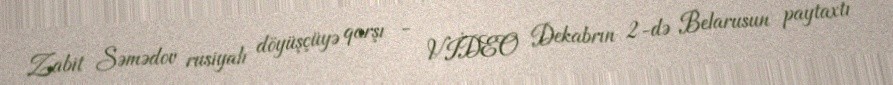
Zabit Səmədov rusiyalı döyüşçüyə qarşı - VİDEO Dekabrın 2-də Belarusun paytaxtı